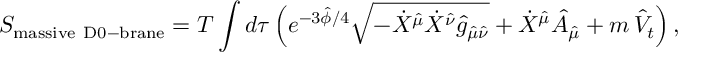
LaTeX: S _ { \mathrm { m a s s i v e \ D 0 - b r a n e } } = T \int d \tau \, \Big ( e ^ { - 3 \hat { \phi } / 4 } \sqrt { - \dot { X } ^ { \hat { \mu } } \dot { X } ^ { \hat { \nu } } \hat { g } _ { \hat { \mu } \hat { \nu } } } + \dot { X } ^ { \hat { \mu } } \hat { A } _ { \hat { \mu } } + m \, \hat { V } _ { t } \Big ) \, ,